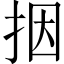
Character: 㧢